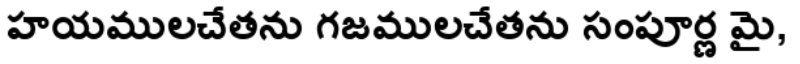
హయములచేతను గజములచేతను సంపూర్ణ మై,